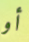
أو